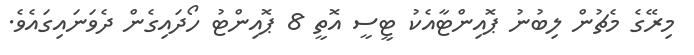
މިރޭގެ މެޗުން ލިބުނު ޕޮއިންޓާއެކު ޓީސީ އޮތީ 8 ޕޮއިންޓު ހޯދައިގެން ދެވަނައިގައެވެ.